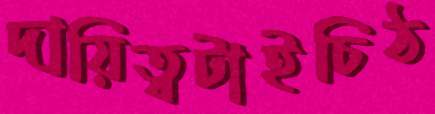
দায়িত্বটাইচিঠ